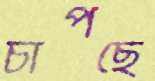
চাপছে